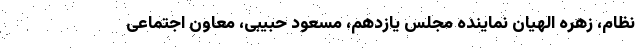
نظام، زهره الهیان نماینده مجلس یازدهم، مسعود حبیبی، معاون اجتماعی